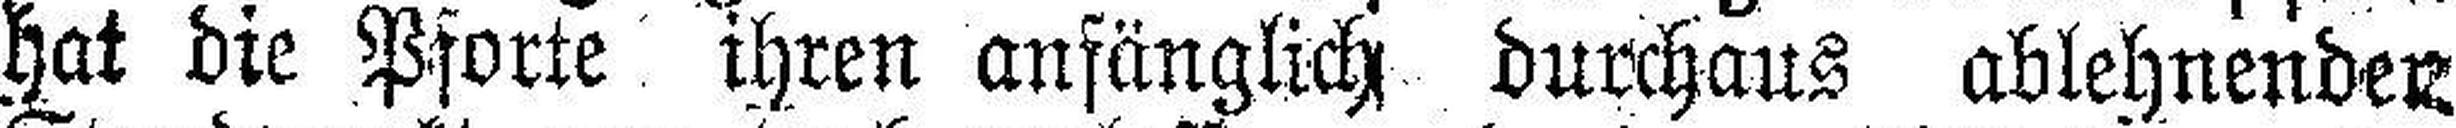
hat die Pforte ihren anfänglich durchaus ablehnenden